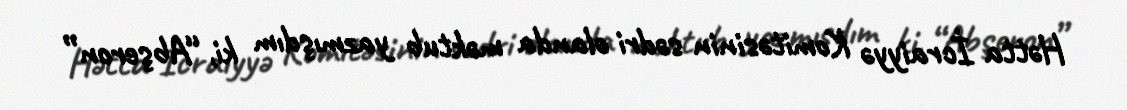
Hətta İcraiyyə Komitəsinin sədri olanda məktub yazmışdım ki, “Abşeron”